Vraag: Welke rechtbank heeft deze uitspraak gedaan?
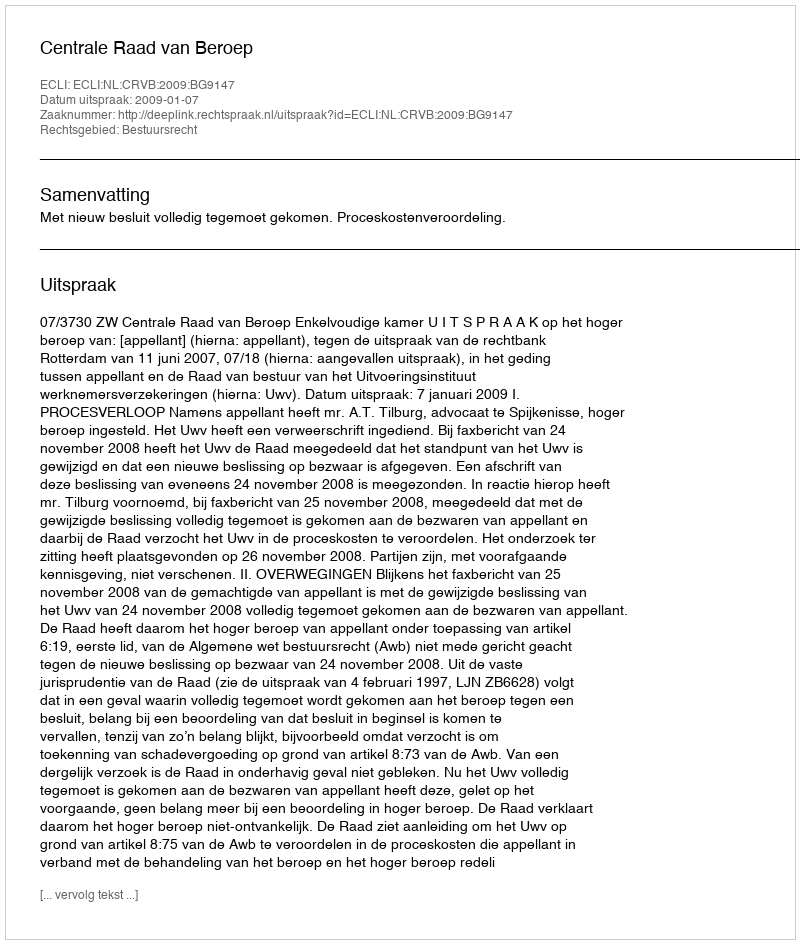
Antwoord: Centrale Raad van Beroep